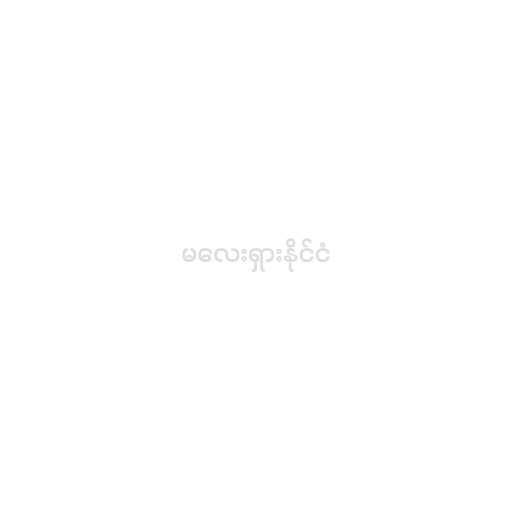
မလေးရှားနိုင်ငံ